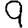
Digit: 9